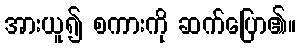
အားယူ၍ စကားကို ဆက်ပြော၏။